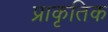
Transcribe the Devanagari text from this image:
प्राकृतिक